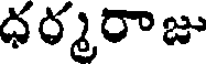
ధర్మరాజు